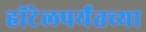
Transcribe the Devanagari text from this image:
हॉटेलपर्यंतच्या